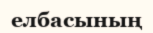
елбасының